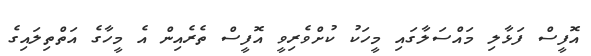
އޮފީސް ފަޅާލި މައްސަލާގައި މީހަކު ކުށްވެރިވީ އޮފީސް ތެރެއިން އެ މީހާގެ އަތްތިލައިގެ